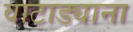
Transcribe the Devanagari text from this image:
वाटाड्याना